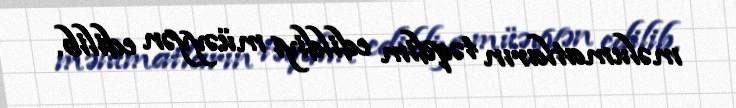
məlumatların təqdim edildiyi müəyyən edilib.